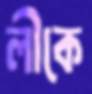
লীকে